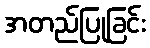
အတည်ပြုခြင်း